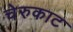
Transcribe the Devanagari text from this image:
चेरुकाट